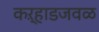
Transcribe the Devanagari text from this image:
कऱ्हाडजवळ